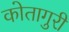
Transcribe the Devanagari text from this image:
कोतागुरी